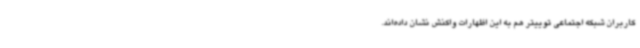
کاربران شبکه اجتماعی توییتر هم به این اظهارات واکنش نشان داده‌اند.